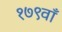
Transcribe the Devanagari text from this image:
१७९वाँ